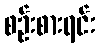
စဉ်းစားရင်း